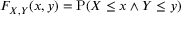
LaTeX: F _ { X , Y } ( x , y ) = \operatorname { P } ( X \leq x \land Y \leq y )